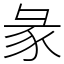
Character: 彖